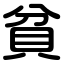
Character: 貧